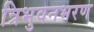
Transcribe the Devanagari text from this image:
त्रिभुवनभरण